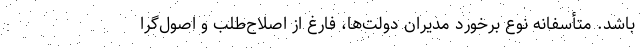
باشد. متأسفانه نوع برخورد مدیران دولت‌ها، فارغ از اصلاح‌طلب و اصول‌گرا